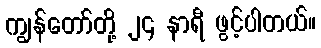
ကျွန်တော်တို့ ၂၄ နာရီ ဖွင့်ပါတယ်။